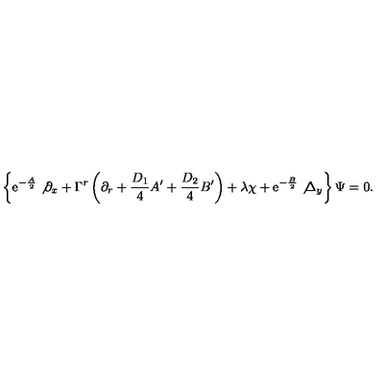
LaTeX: \left\{ \mathrm { e } ^ { - { \frac { A } { 2 } } } \not { \partial } _ { x } + \Gamma ^ { r } \left( \partial _ { r } + { \frac { D _ { 1 } } { 4 } } A ^ { \prime } + { \frac { D _ { 2 } } { 4 } } B ^ { \prime } \right) + \lambda \chi + \mathrm { e } ^ { - { \frac { B } { 2 } } } \not { \Delta } _ { y } \right\} \Psi = 0 .